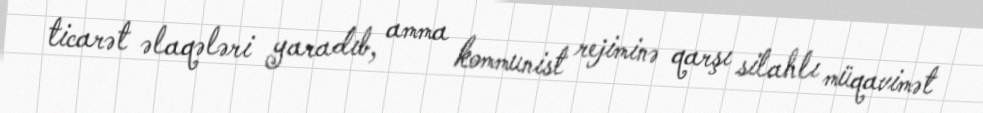
ticarət əlaqələri yaradıb, amma kommunist rejiminə qarşı silahlı müqavimət